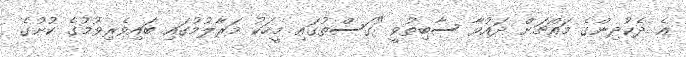
އެ ދެކުދިންގެ މައްޗަށް ދައުވާ ސާބިތުވީ "ގަސްތުގައި މީހަކު މަރާލުމުގައި ބައިވެރިވުމުގެ ކުށުގެ